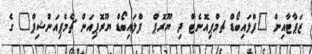
ޒަޕާޓާއިން "ފްލައިބޯޑް ޗމްޕިއޮނެޓް ދި ޔޫރޮޕް  ފްލައިބޯޑް ޔޫރޮޕިއަން ޗެމްޕިއަންޝިޕް" ގެ